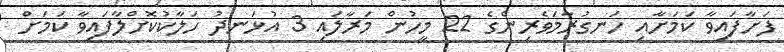
ފަށާފައިވާ ކަމަށާއި ހަނގުރާމަވެރިންގެ 22 މީހުން މަރާލައި 3 އުޅަނދު ހަލާކުކޮށްލާފައިވާ ކަމަށް